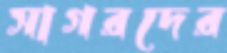
সাগরদের